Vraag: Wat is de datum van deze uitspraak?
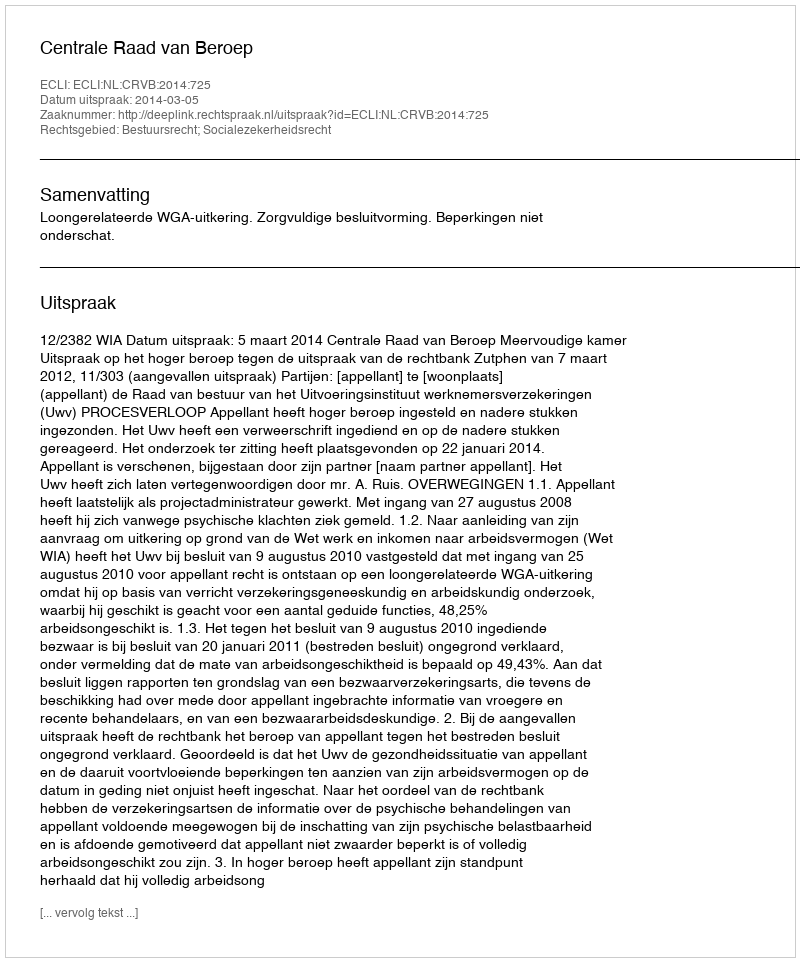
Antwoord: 2014-03-05